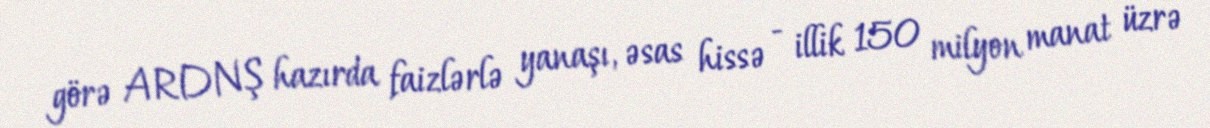
görə ARDNŞ hazırda faizlərlə yanaşı, əsas hissə - illik 150 milyon manat üzrə